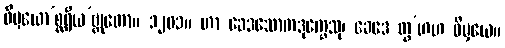
ဝိမှယော’စ္ဆရိယ’ဗ္ဘုတော။ ၁၂၀၁။ ဟာ ခေဒသောကဒုက္ခေသု၊ ခေဒေ တွ’ဟဟ ဝိမှယေ။